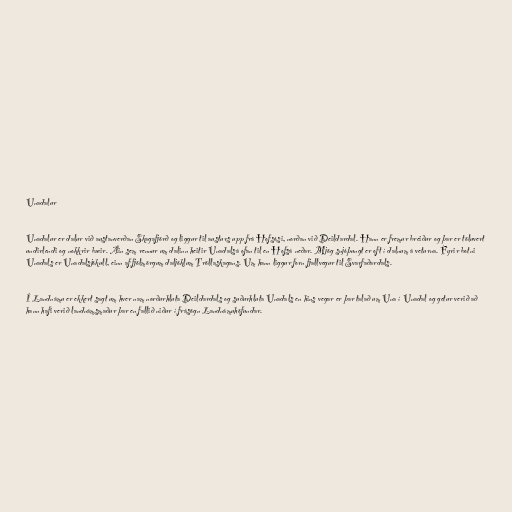
Unadalur

Unadalur er dalur við austanverðan Skagafjörð og liggur til austurs upp frá Hofsósi, norðan við Deildardal. Hann er fremur breiður og þar er töluvert
undirlendi og nokkrir bæir. Áin sem rennur um dalinn heitir Unadalsá ofan til en Hofsá neðar. Mjög snjóþungt er oft í dalnum á veturna. Fyrir botni
Unadals er Unadalsjökull, einn af fjölmörgum daljöklum Tröllaskagans. Um hann liggur forn fjallvegur til Svarfaðardals.

Í Landnámu er ekkert sagt um hver nam norðurhluta Deildardals og suðurhluta Unadals en hins vegar er þar talað um Una í Unadal og getur verið að
hann hafi verið landnámsmaður þar en fallið niður í frásögn Landnámuhöfundar.